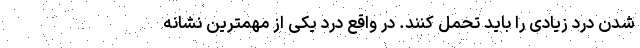
شدن درد زیادی را باید تحمل کنند. در واقع درد یکی از مهمترین نشانه